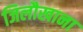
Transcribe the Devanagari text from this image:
जिलौखाना